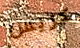
كريس